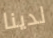
لدينا